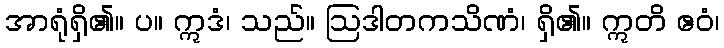
အာရုံရှိ၏။ ပ။ ဣဒံ၊ သည်။ ဩဒါတကသိဏံ၊ ရှိ၏။ ဣတိ ဧဝံ၊